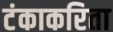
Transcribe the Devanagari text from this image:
टंकाकरिता